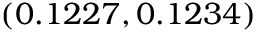
( 0 . 1 2 2 7 , 0 . 1 2 3 4 )